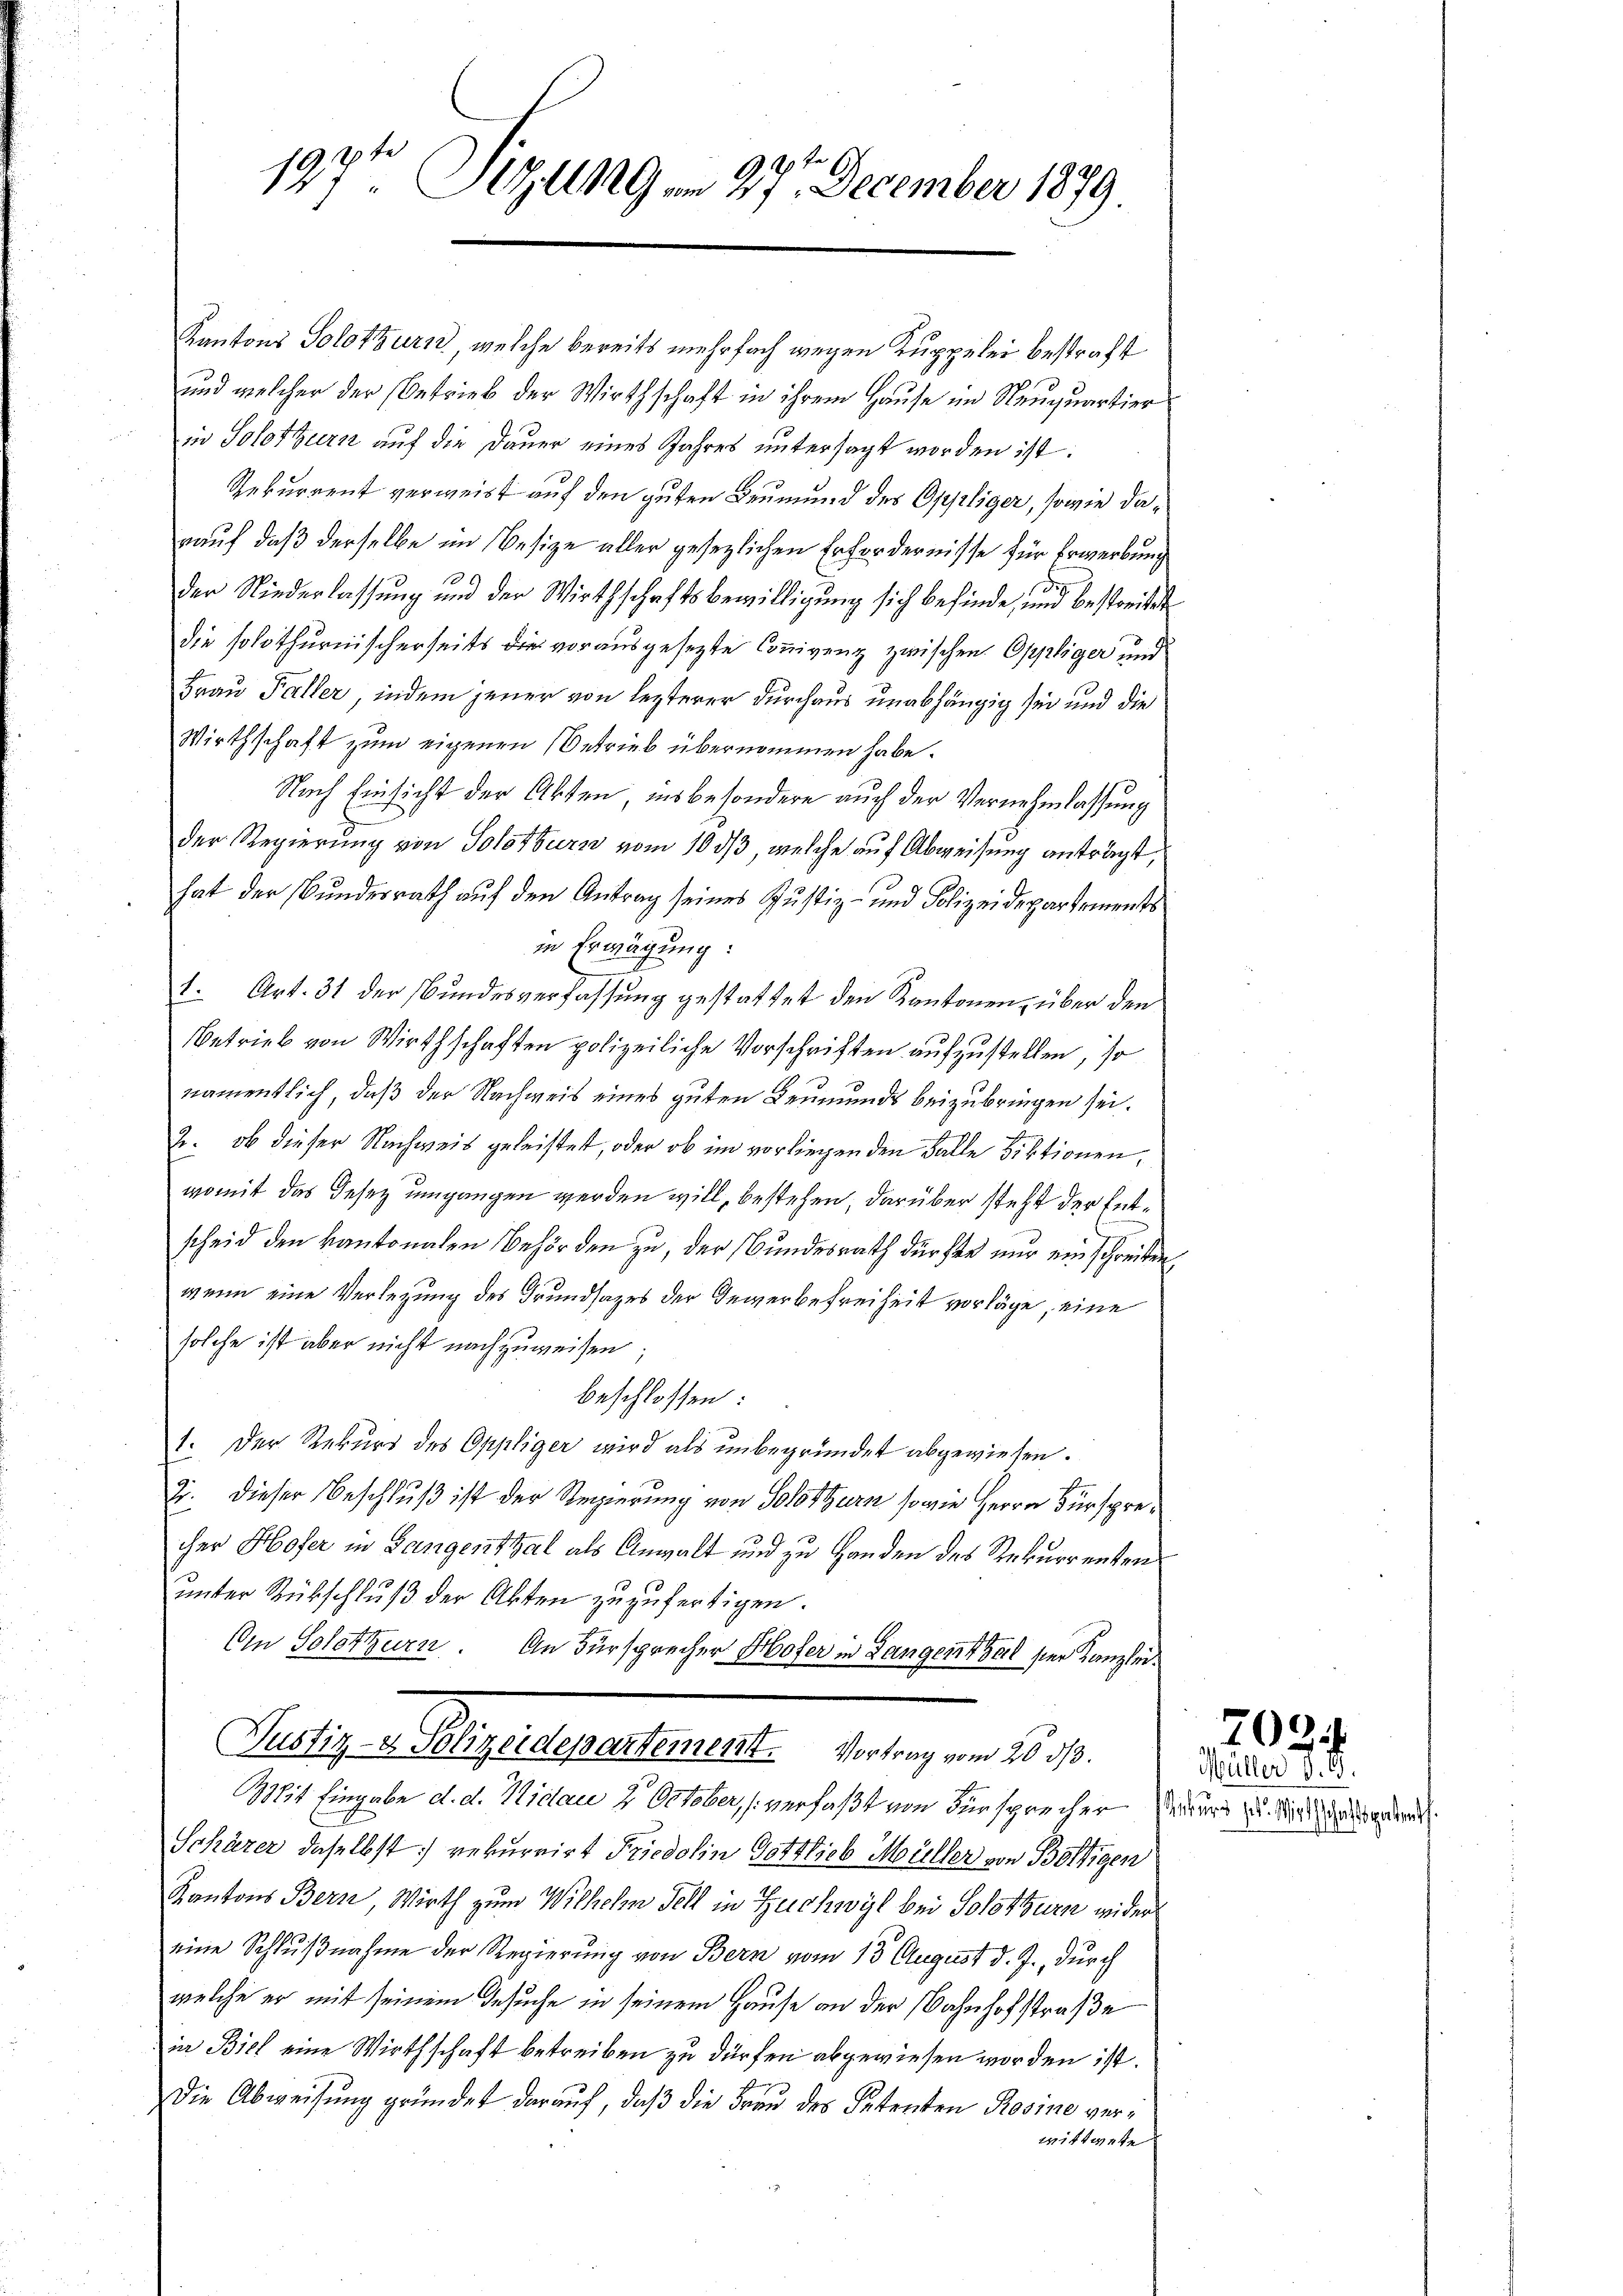
197t Sizung am 27te December 1879.

Kantons Solothurn, welche bereits mehrfach wegen Kuppelei bestraft
und welcher der Betrieb der Wirthschaft in ihrem Hause im Neuquartier
in Solothurn auf die Dauer eines Jahres untersagt worden ist.
Rekurrent verweist auf den guten Beumund des Oppliger, sowie darauf, daß derselbe im Besize aller gesezlichen Erfordernisse für Erwerbung
1
der Niederlassung und der Wirthschaftsbewilligung sich befinde, und bestreitet
die solothurnischerseits die vorausgesezte Connigenz zwischen Oppliger und
Frau Faller, indem jener von lezterer durchaus unabhängig sei und die
Wirthschaft zum eigenen Betrieb übernommen habe.
Nach Einsicht der Akten, insbesondere auch der Vernehmlassung
der Regierung von Solothurn vom 10. ds, welche auf Abweisung antragt,
hat der Bundesrath auf den Antrag seines Justiz- und Polizeidepartements
in Erwägung:
1. Art. 31 der Bundesverfassung gestattet den Kantonen, über den
Betrieb von Wirthschaften polizeiliche Vorschriften aufzustellen, so
namentlich, daß der Nachweis eines guten Leumunds beizubringen sei.
2. ob dieser Nachweis geleistet, oder ob im vorliegen den Falle diktionen,
womit das Gesez umgangen werden will, bestehen, darüber steht der Entscheid den kantonalen Behörden zu, der Bundesrath dürfen nur ein schreiben
wenn eine Verlegung des Grundsazes der Gewerbefreiheit vorläge, eine
solche ist aber nicht nachzuweisen;
beschlossen:
1. Der Rekurs des Oppliger wird als unbegründet abgewiesen.
2. dieser Beschluß ist der Regierung von Solothurn, sowie Herrn Fürsprecher Hofer in Langenthal als Anwalt und zu Handen des Rekurrenten
unter Rückschluß der Akten zuzufertigen.
An Solothurer. An Fürsprecher Hofer in Langenthal ser Kanzlei¬
Selle eigeneralenauer den in de
Mit Eingabe d. d. Nidau 2. October, verfaßt von Fürsprecher seiner zu dich angen.
Schärer daselbst rekurrirt Friedolin Gottlieb Müller von Boltigen
Kantons Bern, Wirth zum Wilhelm Fell in Zuchwyl bei Solothurn wider
eine Schlußnahme der Regierung von Bern vom 13 August d. J., durch
welche er mit seinem Gesuche in seinem Hause an der Bahnhofstraße
in Biel eine Wirthschaft betreiben zu dürfen abgewiesen worden ist.
Die Abweisŭng gründet daraŭf, daβ die Fraŭ des Petenten Rosine verwittwete

Müller d. G.

7034